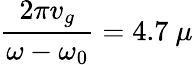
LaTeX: \frac{2\pi v_{g}}{\omega-\omega_{0}}=4.7~\mu